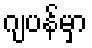
ဂျပန်မှာ